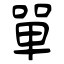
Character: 單